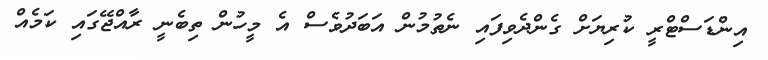
އިންޑަސްޓްރީ ކުރިޔަށް ގެންދެވިފައި ނެތުމުން އަބަދުވެސް އެ މީހުން ތިބެނީ ރާއްޖޭގައި ކަމެއް